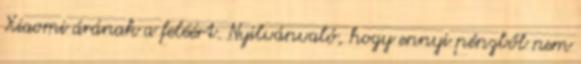
Xiaomi árának a feléért. Nyilvánvaló, hogy ennyi pénzből nem